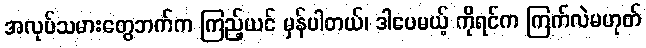
အလုပ်သမားတွေဘက်က ကြည့်ယင် မှန်ပါတယ်၊ ဒါပေမယ့် ကိုရင်က ကြက်လဲမဟုတ်